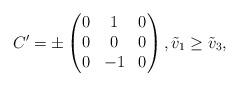
LaTeX: \begin{align*}C' = \pm \begin{pmatrix} 0 & 1 & 0 \\ 0 &0 & 0 \\ 0 & -1 & 0 \end{pmatrix},\tilde{v}_1 \ge \tilde{v}_3,\end{align*}